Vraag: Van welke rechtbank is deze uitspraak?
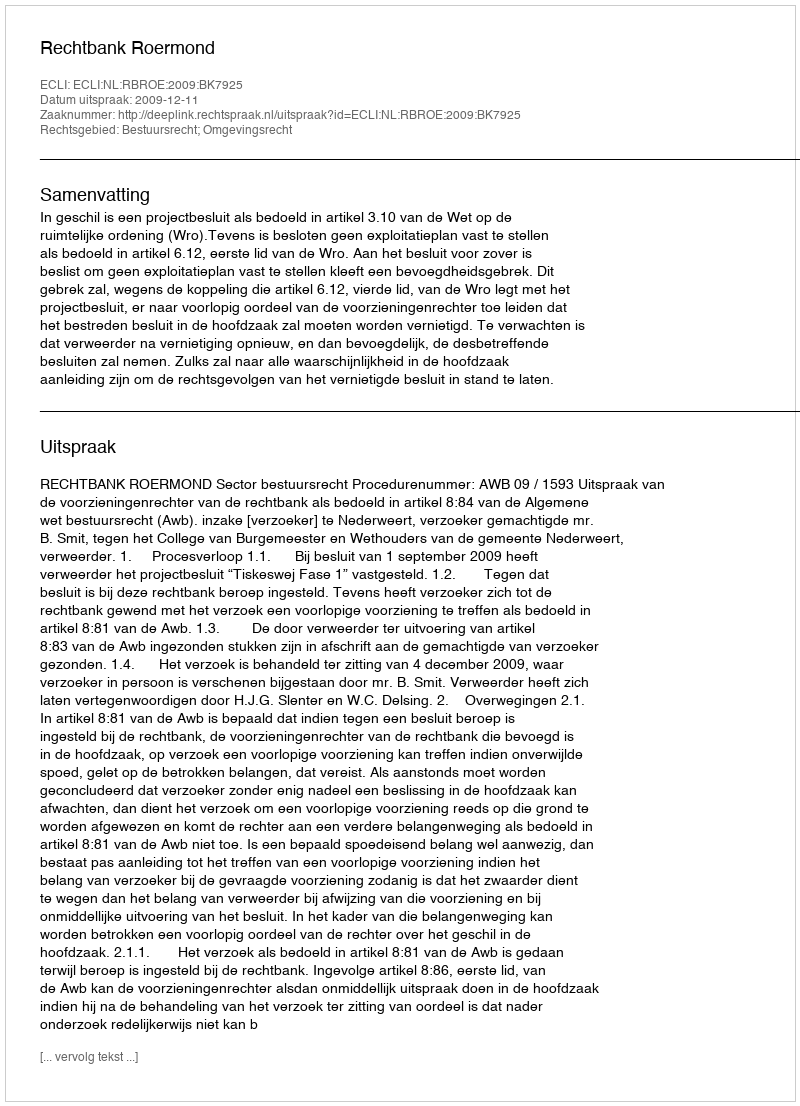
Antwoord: Rechtbank Roermond